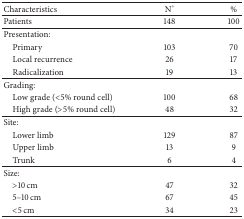
<table><thead><tr><td><b>Characteristics</b></td><td><b>N°</b></td><td><b>%</b></td></tr></thead><tbody><tr><td>Patients</td><td>148</td><td>100</td></tr><tr><td>Presentation:</td><td>[EMPTY_CELL]</td><td>[EMPTY_CELL]</td></tr><tr><td> Primary</td><td>103</td><td>70</td></tr><tr><td> Local recurrence</td><td>26</td><td>17</td></tr><tr><td> Radicalization</td><td>19</td><td>13</td></tr><tr><td>Grading:</td><td>[EMPTY_CELL]</td><td>[EMPTY_CELL]</td></tr><tr><td> Low grade (&lt;5% round cell)</td><td>100</td><td>68</td></tr><tr><td> High grade (&gt;5% round cell)</td><td>48</td><td>32</td></tr><tr><td>Site:</td><td>[EMPTY_CELL]</td><td>[EMPTY_CELL]</td></tr><tr><td> Lower limb</td><td>129</td><td>87</td></tr><tr><td> Upper limb</td><td>13</td><td>9</td></tr><tr><td> Trunk</td><td>6</td><td>4</td></tr><tr><td>Size:</td><td>[EMPTY_CELL]</td><td>[EMPTY_CELL]</td></tr><tr><td> &gt;10 cm</td><td>47</td><td>32</td></tr><tr><td> 5–10 cm</td><td>67</td><td>45</td></tr><tr><td> &lt;5 cm</td><td>34</td><td>23</td></tr></tbody></table>